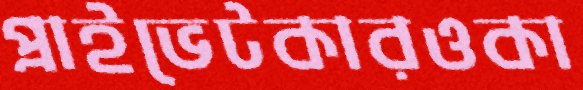
প্রাইভেটকারওকা